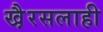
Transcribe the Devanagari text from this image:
खै़रसलाही